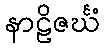
နာဠိဇင်္ဃံ